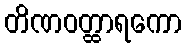
တိဏဝတ္ထာရကော